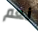
نعم